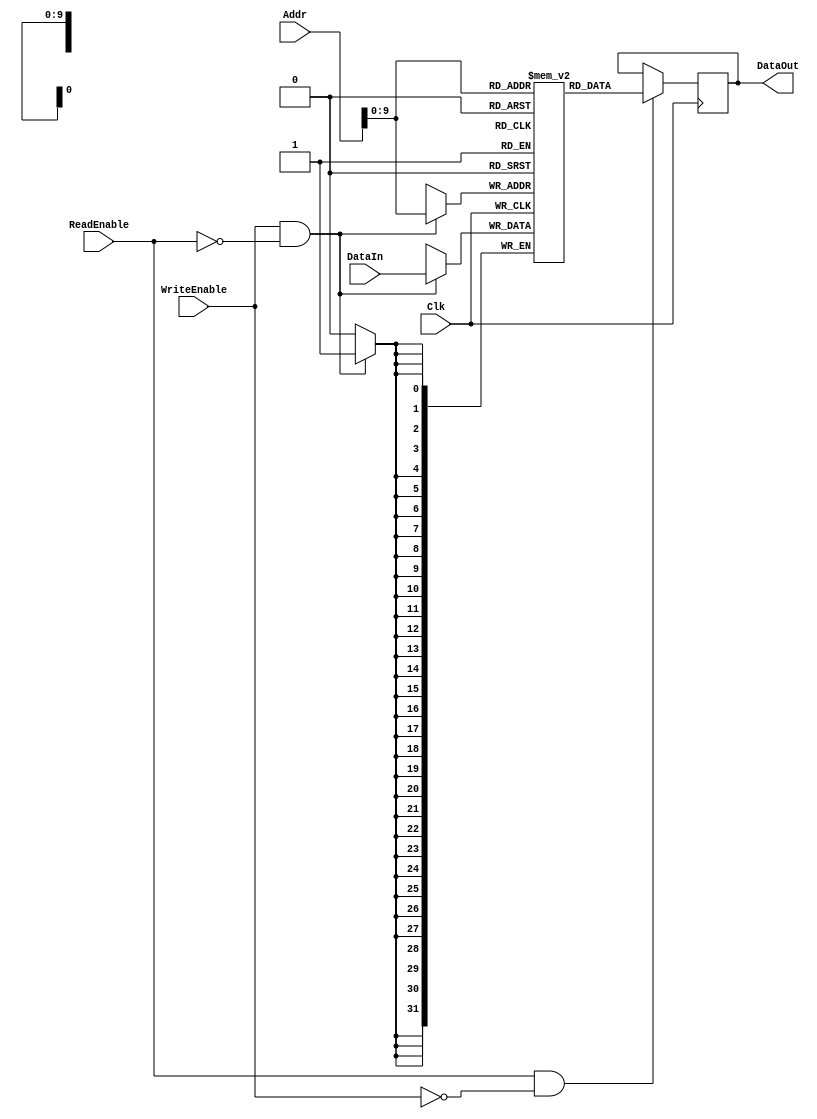
module DM (DataIn, DataOut, Addr, WriteEnable, ReadEnable, Clk);
	input [31:0]Addr, DataIn;
	input WriteEnable, ReadEnable, Clk;
	output [31:0] DataOut;
	reg [31:0] DataOut;
	reg [31:0] DM[1023:0];
	
	initial begin
		DM[12]=49;
	end
	
	always @(negedge Clk) begin
		if(ReadEnable==1 && WriteEnable==0)
			DataOut=DM[Addr];
	end
	
	
	always @(posedge Clk) begin
		if(WriteEnable==1 && ReadEnable==0)
			DM[Addr]=DataIn;
	end

endmodule